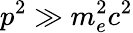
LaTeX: p^{2}\gg m_{e}^{2}c^{2}